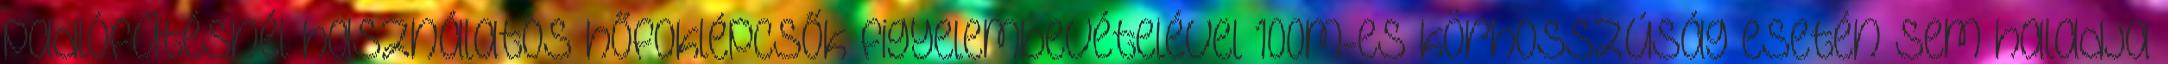
padlófűtésnél használatos hőfoklépcsők figyelembevételével 100m-es körhosszúság esetén sem haladja